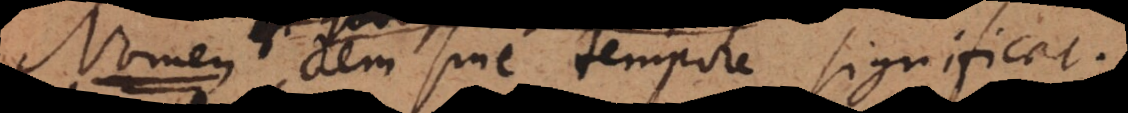
quod rem sine tempore significat.